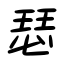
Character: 瑟